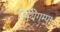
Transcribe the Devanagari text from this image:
नियिगम्‍पा